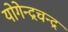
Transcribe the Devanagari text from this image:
योगेन्द्रचन्द्र